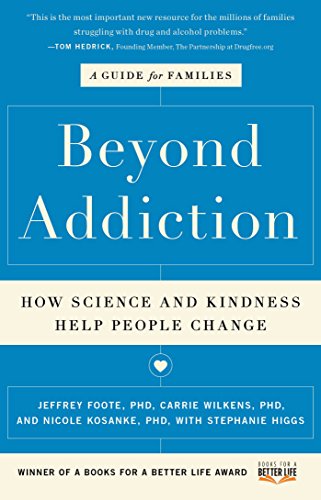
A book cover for Beyond Addiction: How Science and Kindness Help People Change; Jeffrey Foote; Self-Help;